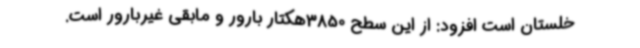
خلستان است افزود: از این سطح 3850هکتار بارور و مابقی غیربارور است.